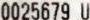
0025679 U